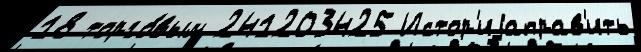
18 торго́вым 241203425 Истор'иjаправ'ить